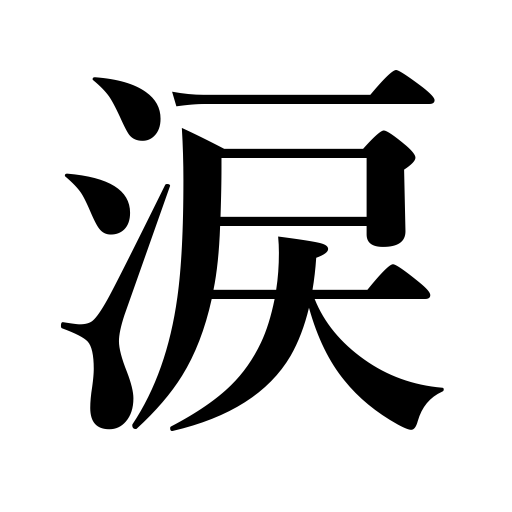
Meanings: tear,sympathy